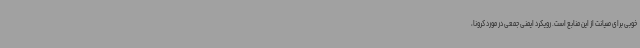
خوبی برای صیانت از این منابع است. رویکرد ایمنی جمعی در مورد کرونا،